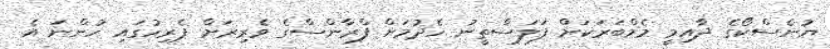
ޔުނެސްކޯގެ ދާއިމީ މެމްބަރަކަށް ފަލަސްތީނު ހެދުމަށް ފްރާންސްގެ ވެރިރަށް ޕެރިހުގައި ހުންނަ އެ